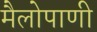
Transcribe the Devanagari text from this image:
मैलोपाणी